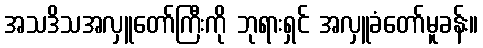
အသဒိသအလှူတော်ကြီးကို ဘုရားရှင် အလှူခံတော်မူခန်း။